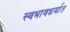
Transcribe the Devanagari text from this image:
स्वभावधर्मात